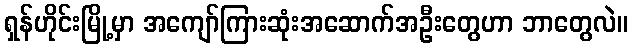
ရှန်ဟိုင်းမြို့မှာ အကျော်ကြားဆုံးအဆောက်အဦးတွေဟာ ဘာတွေလဲ။